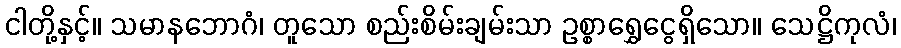
ငါတို့နှင့်။ သမာနဘောဂံ၊ တူသော စည်းစိမ်းချမ်းသာ ဥစ္စာရွှေငွေရှိသော။ သေဋ္ဌိကုလံ၊